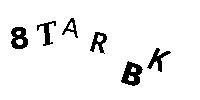
8TARBK